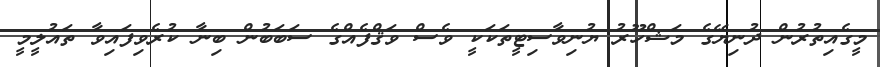
މީގެއިތުރުން ދުނިޔޭގެ މަޝްހޫރު ޔުނިވާސިޓީތަކަކީ ވެސް ވަޤްފެއްގެ ސަބަބުން ބިނާ ކުރެވިފައިވާ ތައުލީމީ